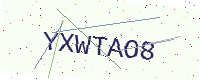
Text: YXWTAO8